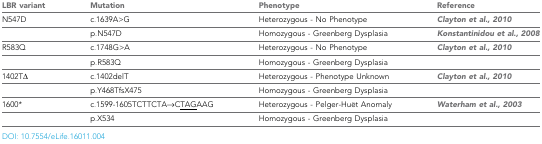
<table><thead><tr><td><b>LBR variant</b></td><td><b>Mutation</b></td><td><b>Phenotype</b></td><td><b>Reference</b></td></tr></thead><tbody><tr><td>N547D</td><td>c.1639A&gt;G</td><td>Heterozygous - No Phenotype</td><td>Clayton et al., 2010</td></tr><tr><td></td><td>p.N547D</td><td>Homozygous - Greenberg Dysplasia</td><td>Konstantinidou et al., 2008</td></tr><tr><td>R583Q</td><td>c.1748G&gt;A</td><td>Heterozygous - No Phenotype</td><td>Clayton et al., 2010</td></tr><tr><td></td><td>p.R583Q</td><td>Homozygous - Greenberg Dysplasia</td><td></td></tr><tr><td>1402TΔ</td><td>c.1402delT</td><td>Heterozygous - Phenotype Unknown</td><td>Clayton et al., 2010</td></tr><tr><td></td><td>p.Y468TfsX475</td><td>Homozygous - Greenberg Dysplasia</td><td></td></tr><tr><td>1600*</td><td>c.1599-1605TCTTCTA→C<underline>TAG</underline>AAG</td><td>Heterozygous - Pelger-Huët Anomaly</td><td>Waterham et al., 2003</td></tr><tr><td></td><td>p.X534</td><td>Homozygous - Greenberg Dysplasia</td><td></td></tr></tbody></table>